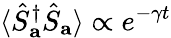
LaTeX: \langle\hat{S}_{\mathbf{a}}^{\dagger}\hat{S}_{\mathbf{a}}\rangle\propto e^{-\gamma t}